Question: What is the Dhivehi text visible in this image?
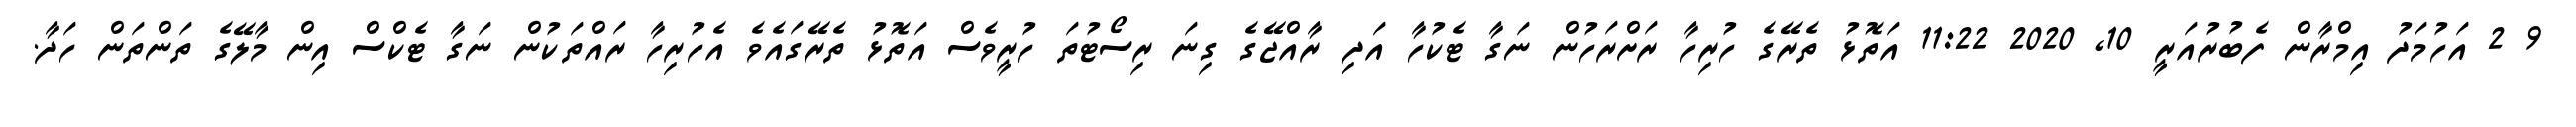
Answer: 9 2 އަހުމަދު އިމްރާން ފެބުރުއަރީ 10, 2020 11:22 އަތޮޅު ތެރޭގެ ހުރިހާ ރަށްރަހުން ނަގާ ޓެކުހާ އަދި ރާއްޖޭގެ ގިނަ ރިސޯޓުތަ ހުރީވެސް އަތޮޅު ތެރޭގައެވެ އެހުރިހާ ރައްތަކުން ނަގާ ޓެކްސް އިން މާލޭގެ ތަންތަން ހަދާ.